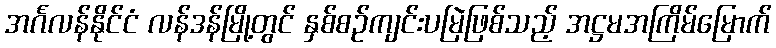
အင်္ဂလန်နိုင်ငံ လန်ဒန်မြို့တွင် နှစ်စဉ်ကျင်းပမြဲဖြစ်သည့် အဋ္ဌမအကြိမ်မြောက်